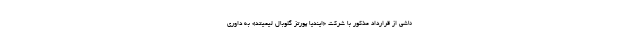
ناشی از قرارداد مذکور با شرکت «ایندیا پورتز گلوبال لیمیتد» به داوری